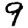
Digit: 9